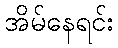
အိမ်နေရင်း